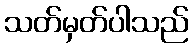
သတ်မှတ်ပါသည်